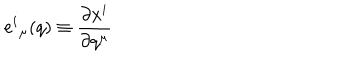
{ e ^ { i } } _ { \mu } ( q ) \equiv \frac { \partial x ^ { i } } { \partial q ^ { \mu } }